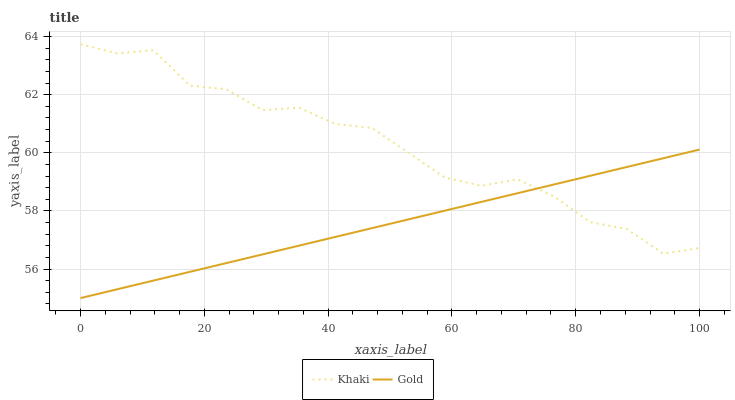
| xaxis_label | Khaki | Gold |
 | --- | --- | --- |
 | 0 | 63.7 | 55 |
 | 5.88 | 63.4 | 55.3 |
 | 11.8 | 63.5 | 55.6 |
 | 17.6 | 62.3 | 55.9 |
 | 23.5 | 62.2 | 56.2 |
 | 29.4 | 61.5 | 56.5 |
 | 35.3 | 61.5 | 56.8 |
 | 41.2 | 61 | 57.1 |
 | 47.1 | 60.9 | 57.4 |
 | 52.9 | 60 | 57.7 |
 | 58.8 | 59.1 | 58 |
 | 64.7 | 58.9 | 58.3 |
 | 70.6 | 59.1 | 58.6 |
 | 76.5 | 58.5 | 58.9 |
 | 82.4 | 57.6 | 59.2 |
 | 88.2 | 57.4 | 59.5 |
 | 94.1 | 56.5 | 59.8 |
 | 100 | 56.7 | 60.1 |